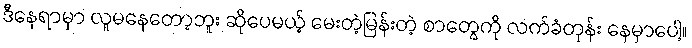
ဒီနေရာမှာ လူမနေတော့ဘူး ဆိုပေမယ့် မေးတဲ့မြန်းတဲ့ စာတွေကို လက်ခံတုန်း နေမှာပေါ့။